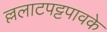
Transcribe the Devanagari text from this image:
ल्ललाटपट्टपावके